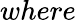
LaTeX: where